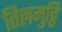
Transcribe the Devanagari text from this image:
तिलमुट्ठि